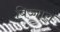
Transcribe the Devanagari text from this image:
बिज्जाल